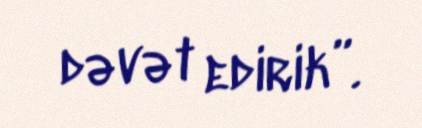
dəvət edirik”.